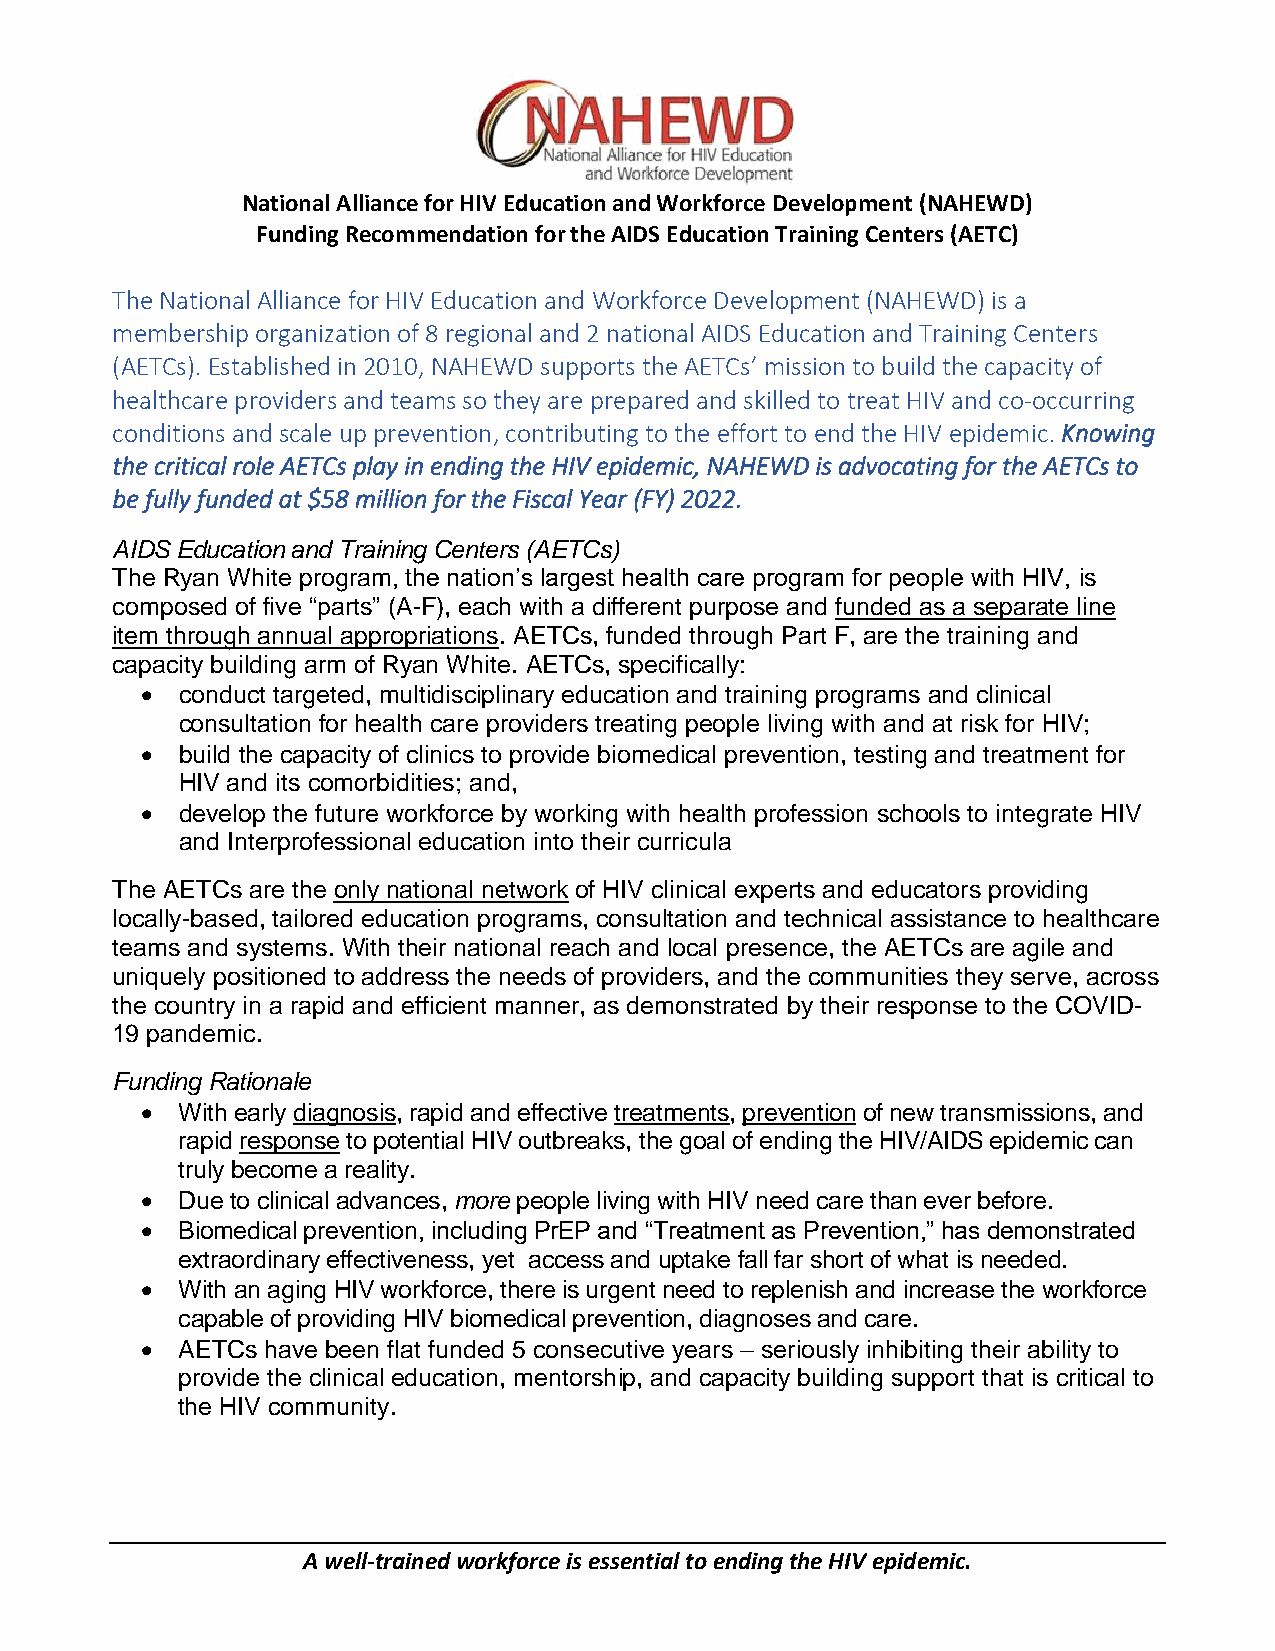
National Alliance for HIV Education and Workforce Development (NAHEWD)
 Funding Recommendation for the AIDS Education Training Centers (AETC)
 The National Alliance for HIV Education and Workforce Development (NAHEWD) is a
 membership organization of 8 regional and 2 national AIDS Education and Training Centers
 (AETCs). Established in 2010, NAHEWD supports the AETCs’ mission to build the capacity of
 healthcare providers and teams so they are prepared and skilled to treat HIV and co-occurring
 conditions and scale up prevention, contributing to the effort to end the HIV epidemic. Knowing
 the critical role AETCs play in ending the HIV epidemic, NAHEWD is advocating for the AETCs to
 be fully funded at $58 million for the Fiscal Year (FY) 2022.
 AIDS Education and Training Centers (AETCs)
 The Ryan White program, the nation’s largest health care program for people with HIV, is
 composed of five “parts” (A-F), each with a different purpose and funded as a separate line
 item through annual appropriations. AETCs, funded through Part F, are the training and
 capacity building arm of Ryan White. AETCs, specifically:
 •  conduct targeted, multidisciplinary education and training programs and clinical
 consultation for health care providers treating people living with and at risk for HIV;
 •  build the capacity of clinics to provide biomedical prevention, testing and treatment for
 HIV and its comorbidities; and,
 •  develop the future workforce by working with health profession schools to integrate HIV
 and Interprofessional education into their curricula
 The AETCs are the only national network of HIV clinical experts and educators providing
 locally-based, tailored education programs, consultation and technical assistance to healthcare
 teams and systems. With their national reach and local presence, the AETCs are agile and
 uniquely positioned to address the needs of providers, and the communities they serve, across
 the country in a rapid and efficient manner, as demonstrated by their response to the COVID-
 19 pandemic.
 Funding Rationale
 •  With early diagnosis, rapid and effective treatments, prevention of new transmissions, and
 rapid response to potential HIV outbreaks, the goal of ending the HIV/AIDS epidemic can
 truly become a reality.
 •  Due to clinical advances, more people living with HIV need care than ever before.
 •  Biomedical prevention, including PrEP and “Treatment as Prevention,” has demonstrated
 extraordinary effectiveness, yet access and uptake fall far short of what is needed.
 •  With an aging HIV workforce, there is urgent need to replenish and increase the workforce
 capable of providing HIV biomedical prevention, diagnoses and care.
 •  AETCs have been flat funded 5 consecutive years – seriously inhibiting their ability to
 provide the clinical education, mentorship, and capacity building support that is critical to
 the HIV community.
 A well-trained workforce is essential to ending the HIV epidemic.